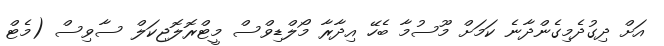
އަށް ދިގުދެމިގެންދާނެ ކަމަށް މޫސުމާ ބެހޭ އިދާރާ މޯލްޑިވްސް މީޓްރޮލޮޖިކަލް ސާވިސް (މެޓް